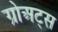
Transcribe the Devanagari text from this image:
ग्रोअट्स